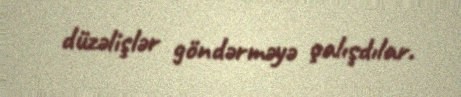
düzəlişlər göndərməyə çalışdılar.